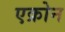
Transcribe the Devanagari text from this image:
एक्रोन